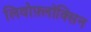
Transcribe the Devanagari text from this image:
लिवोफ़्लॉक्सिन